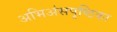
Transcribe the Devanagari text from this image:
अभिअंसपृष्ठिका